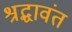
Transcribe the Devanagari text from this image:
श्रद्धावंत